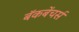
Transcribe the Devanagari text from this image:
बॅकबेंचर्स